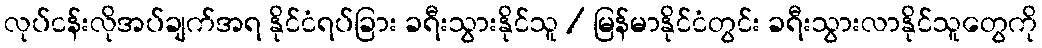
လုပ်ငန်းလိုအပ်ချက်အရ နိုင်ငံရပ်ခြား ခရီးသွားနိုင်သူ / မြန်မာနိုင်ငံတွင်း ခရီးသွားလာနိုင်သူတွေကို